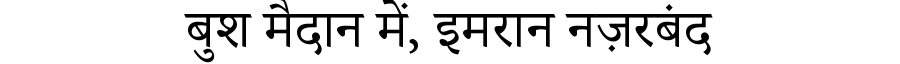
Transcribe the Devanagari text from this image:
बुश मैदान में, इमरान नज़रबंद